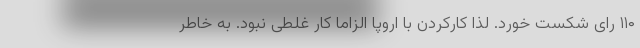
۱۱۰ رای شکست خورد. لذا کارکردن با اروپا الزاما کار غلطی نبود. به خاطر